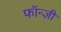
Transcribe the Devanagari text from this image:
फॉन्ज़ी